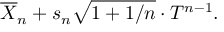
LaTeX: { \overline { { X } } } _ { n } + s _ { n } { \sqrt { 1 + 1 / n } } \cdot T ^ { n - 1 } .